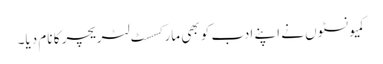
کمیونسٹوں نے اپنے ادب کو بھی مارکسسٹ لٹریچر کا نام دیا۔